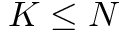
K \leq N